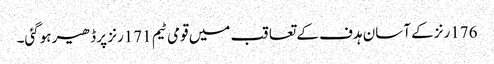
176رنز کے آسان ہدف کے تعاقب میں قومی ٹیم 171رنز پر ڈھیر ہوگئی۔